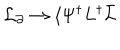
LaTeX: { \cal L } _ { \partial } \rightarrow \langle \Psi ^ { \dagger } L ^ { \dagger } \bar { L }